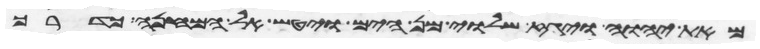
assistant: מאת יהוה ויגז שלוי מן הים ויטש אל המחנה כדרך